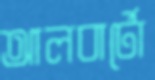
আলবার্টো